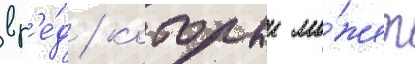
вр'е́д / которыи мо́жет